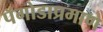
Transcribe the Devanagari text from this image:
पॅगोडाप्रमाणे